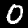
Digit: 0